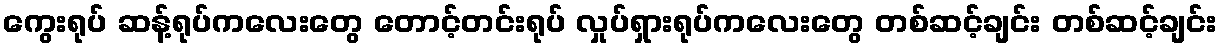
ကွေးရုပ် ဆန့်ရုပ်ကလေးတွေ တောင့်တင်းရုပ် လှုပ်ရှားရုပ်ကလေးတွေ တစ်ဆင့်ချင်း တစ်ဆင့်ချင်း